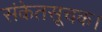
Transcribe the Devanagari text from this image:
संकेतसूचक।